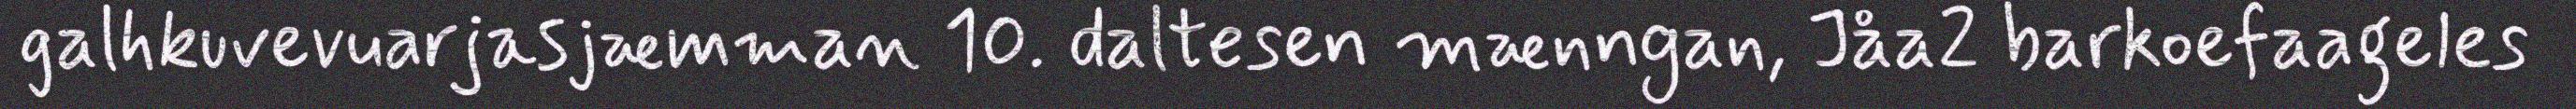
galhkuvevuarjasjæmman 10. daltesen mænngan, Jåa2 barkoefaageles